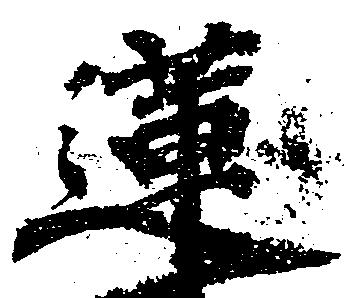
蓮